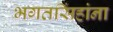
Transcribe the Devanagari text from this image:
भगतसिंहांना